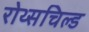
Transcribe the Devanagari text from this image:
रोथ्सचिल्ड